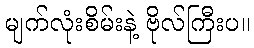
မျက်လုံးစိမ်းနဲ့ ဗိုလ်ကြီးပ။